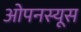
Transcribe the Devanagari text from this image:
ओपनस्यूस